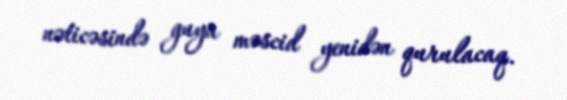
nəticəsində guya məscid yenidən qurulacaq.